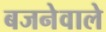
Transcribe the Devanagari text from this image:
बजनेवाले